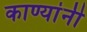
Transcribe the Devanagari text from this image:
काण्यांनी